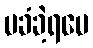
မခံခဲ့ရပေ